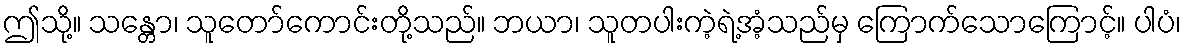
ဤသို့။ သန္တော၊ သူတော်ကောင်းတို့သည်။ ဘယာ၊ သူတပါးကဲ့ရဲ့အံ့သည်မှ ကြောက်သောကြောင့်။ ပါပံ၊